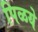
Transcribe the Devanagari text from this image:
पिळये